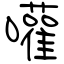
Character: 嚾